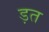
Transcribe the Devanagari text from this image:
ड़त